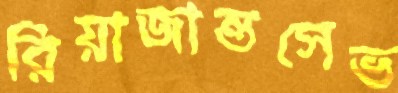
রিয়াজান্তসেভ